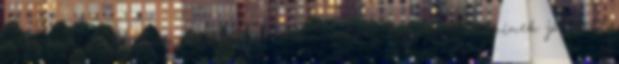
állíthatjuk eredményekkel is alátámasztva , hogy mindenkinek jót tett